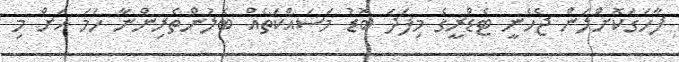
ފާހަގަކޮށްލަން ޖެހެނީ ޓެޑްރީގެ މިފަދަ ބޮޑު މަސައްކަތެއް ބެލުންތެރިންނާ ހަމަ އަށް މި